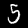
Digit: 5